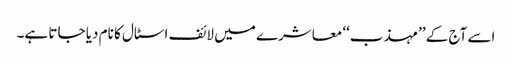
اسے آج کے ’’مہذب‘‘ معاشرے میں لائف اسٹال کا نام دیا جاتا ہے۔